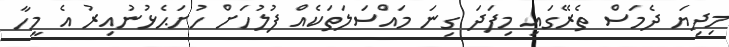
މިދިޔަ ދެމަސް ތެރޭގައި މިފަދަ ގިނަ މައްސަލަތަކެއް ފުލުހަށް ހުށަޙެޅުނުއިރު އެ މީހާ